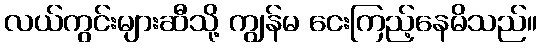
လယ်ကွင်းများဆီသို့ ကျွန်မ ငေးကြည့်နေမိသည်။